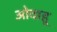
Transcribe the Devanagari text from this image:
ओवाहू